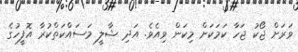
ވަރަށް ޖޯކު ޖަހާ ކަމަކަށް މިކަން ވިއެވެ. އަދި ޝާލީ މަސައްކަތްކުރާ އޮފީހުގެ